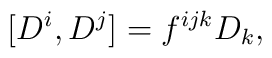
[ D^i, D^j ] = f^{ijk}D_k,